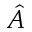
\hat { A }